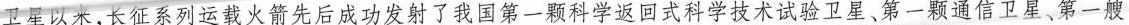
卫星以来，长征系列运载火箭先后成功发射了我国第一颗科学返回式科学技术试验卫星、第一颗通信卫星、第一艘